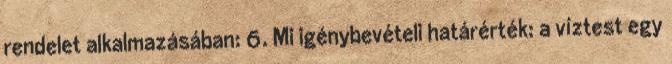
rendelet alkalmazásában: 6. Mi igénybevételi határérték: a víztest egy